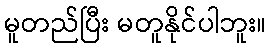
မူတည်ပြီး မတူနိုင်ပါဘူး။